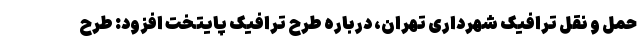
حمل و نقل ترافیک شهرداری تهران، درباره طرح ترافیک پایتخت افزود: طرح